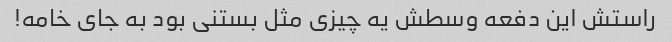
راستش این دفعه وسطش یه چیزی مثل بستنی بود به جای خامه!